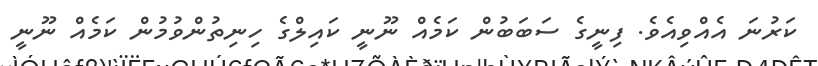
ކަރުނަ އެއްވިއެވެ. ފިނީގެ ސަބަބުން ކަމެއް ނޫނީ ކައިލްގެ ހިނިތުންވުމުން ކަމެއް ނޫނީ